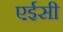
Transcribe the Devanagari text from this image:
एईसी